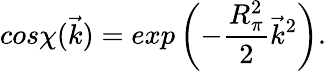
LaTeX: cos\chi(\vec{k})=exp\left(-\frac{R_{\pi}^{2}}{2}\vec{k}^{2}\right).